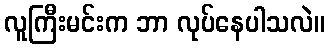
လူကြီးမင်းက ဘာ လုပ်နေပါသလဲ။